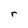
Character: r